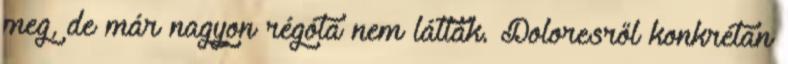
meg, de már nagyon régóta nem látták. Doloresről konkrétan